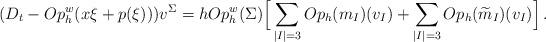
LaTeX: \begin{align*} (D_t - Op_h^w(x\xi + p(\xi)))v^{\Sigma} = h Op_h^w(\Sigma) \Big[\sum_{|I|=3}Op_h(m_I)(v_I) + \sum_{|I|=3}Op_h(\widetilde{m}_I)(v_I)\Big] \, .\end{align*}